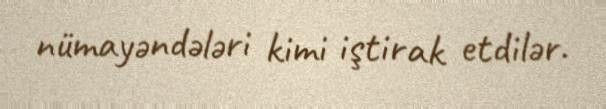
nümayəndələri kimi iştirak etdilər.